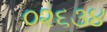
૦૨૬૩૪